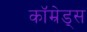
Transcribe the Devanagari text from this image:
कॉम्रेड्स